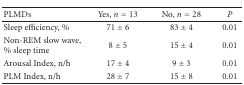
| PLMDs | Yes, n = 13 | No, n = 28 | P |
 | --- | --- | --- | --- |
 | Sleep efficiency, % | 71 ± 6 | 83 ± 4 | 0.01 |
 | Non-REM slow wave, % sleep time | 8 ± 5 | 15 ± 4 | 0.01 |
 | Arousal Index, n/h | 17 ± 4 | 9 ± 3 | 0.01 |
 | PLM Index, n/h | 28 ± 7 | 15 ± 8 | 0.01 |